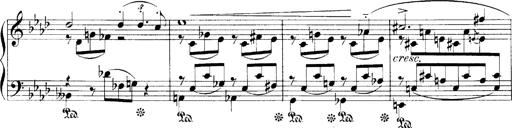
Title: LiebestrÃ¤ume
Composer: Franz Behr
Key: E-flat major